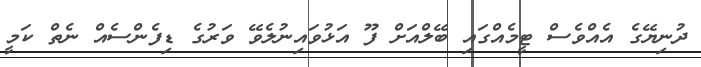
ދުނިޔޭގެ އެއްވެސް ޓީމެއްގައި ބޭލްއަށް ފޫ އަޅުވައިނުލެވޭ ވަރުގެ ޑިފެންސެއް ނެތް ކަމީ